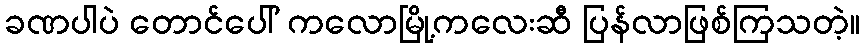
ခဏပါပဲ တောင်ပေါ် ကလောမြို့ကလေးဆီ ပြန်လာဖြစ်ကြသတဲ့။